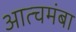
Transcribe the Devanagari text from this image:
आत्चमंबा